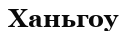
Ханьгоу